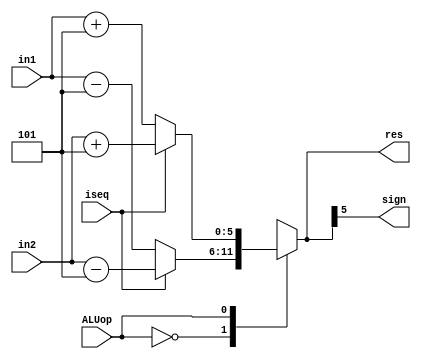
`timescale 1ps/1ps
module ALU (
    in1,
    in2,
    ALUop,
    iseq,
    res,
    sign
);
    parameter ZERO = 0;
    parameter ONE = 1;
    parameter size = 5;

    input [size-1:0]in1;
    input [size-1:0]in2;
    input ALUop, iseq;

    output reg [size:0]res;
    output sign;

    always @(*) begin        
        case (ALUop)
            ZERO: res = iseq ? (in2 - 5) : (in1 - 5);
            ONE:  res = iseq ? (in2 + 5) : (in1 + 5);
        endcase
    end
    
    assign sign = res[size];

endmodule